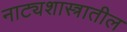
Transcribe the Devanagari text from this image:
नाट्यशास्त्रातील